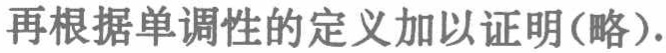
再根据单调性的定义加以证明(略).